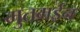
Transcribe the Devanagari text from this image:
मुतमईन